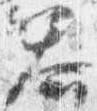
答